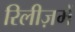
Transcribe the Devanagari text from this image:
रिलीज़में